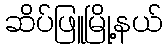
ဆိပ်ဖြူမြို့နယ်